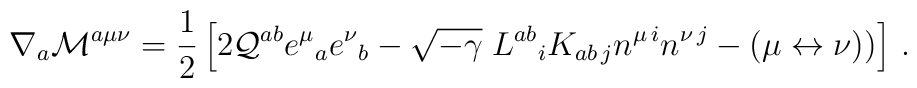
\nabla_a {\cal M}^{a\mu\nu} = {1 \over 2}\left[ 2 {\cal Q}^{ab} e^\mu{}_a e^\nu{}_b - \sqrt{-\gamma} \; L^{ab}{}_i K_{ab\,j} n^{\mu\,i} n^{\nu\,j}- (\mu \leftrightarrow \nu)) \right]\,.